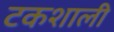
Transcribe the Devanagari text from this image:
टकशाली